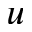
u